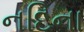
નદિના